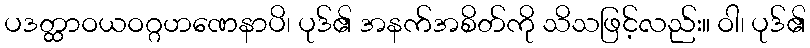
ပဒတ္ထာဝယဝဂ္ဂဟဏေနာပိ၊ ပုဒ်၏ အနက်အစိတ်ကို သိသဖြင့်လည်း။ ဝါ၊ ပုဒ်၏